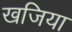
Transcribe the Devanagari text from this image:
खजिया